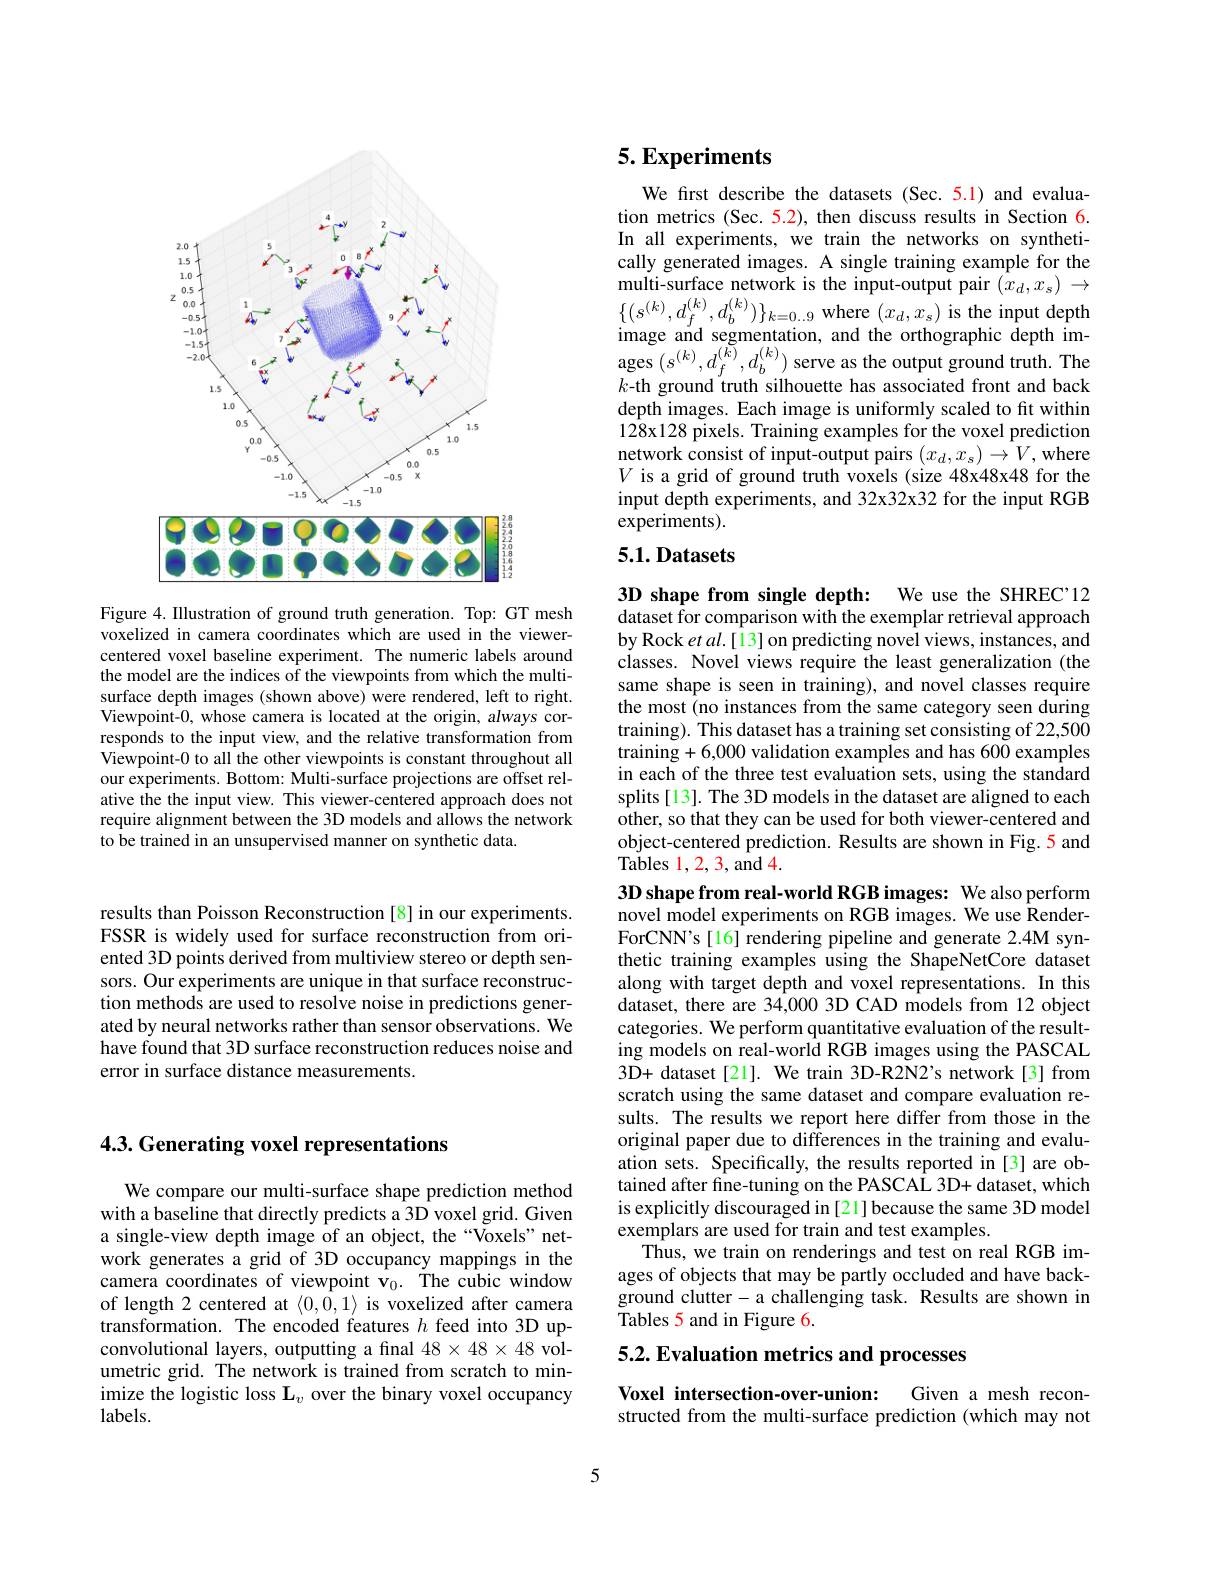
## 4.3. Generating voxel representations

We compare our multi-surface shape prediction method with a baseline that directly predicts a 3D voxel grid. Given a single-view depth image of an object, the “Voxels” network generates a grid of 3D occupancy mappings in the camera coordinates of viewpoint $\mathbf{v}_0.$ The cubic window of length 2 centered at $\langle0,\bar{0},1\rangle$ is voxelized after camera transformation. The encoded features $h$ feed into 3D upconvolutional layers, outputting a final $48\times48\times48$ volumetric grid. The network is trained from scratch to minimize the logistic loss $\mathbf{L}_v$ over the binary voxel occupancy $labels.$

<FigureHere>

Figure 4. Illustration of ground truth generation. Top: GT mesh voxelized in camera coordinates which are used in the viewercentered voxel baseline experiment. The numeric labels around the model are the indices of the viewpoints from which the multisurface depth images (shown above) were rendered, left to right. Viewpoint-0, whose camera is located at the origin, always corresponds to the input view, and the relative transformation from Viewpoint-0 to all the other viewpoints is constant throughout all our experiments. Bottom: Multi-surface projections are offset relative the the input view. This viewer-centered approach does not require alignment between the 3D models and allows the network to be trained in an unsupervised manner on synthetic data.

# 5. Experiments

We first describe the datasets (Sec.5.1) and evaluation metrics (Sec. 5.2), then discuss results in Section 6. In all experiments, we train the networks on synthetically generated images. A single training example for the multi-surface network is the input-output pair $(\bar{x}_d,x_s)\to$ $\begin{array}{l}\{(s^{(k)},d_{f}^{(k)},d_{b}^{(k)})\}_{k=0..9}\mathrm{~where~}(x_{d},x_{s})\mathrm{~is~the~input~depth}\\\text{image and segmentation, and the orthographic depth im-}\end{array}$ $\operatorname{ages}\left(s^{(k)},d_{f}^{(\tilde{k})},d_{b}^{(k)}\right)$serve as the output ground truth. The $k$-th ground truth silhouette has associated front and back depth images. Each image is uniformly scaled to fit within 128x128 pixels. Training examples for the voxel prediction network consist of input-output pairs $(x_d,x_s)\to V$,where $V$ is a grid of ground truth voxels (size 48x48x48 for the input depth experiments, and 32x32x32 for the input RGB $\hat{\exp\text{eriments}}).$

## $5.1.Datasets$

3D shape from single depth: We use the SHREC'12 dataset for comparison with the exemplar retrieval approach

by Rock et al.[13] on predicting novel views, instances, and classes. Novel views require the least generalization (the same shape is seen in training), and novel classes require the most (no instances from the same category seen during training). This dataset has a training set consisting of 22,500 training+6,000 validation examples and has 600 examples in each of the three test evaluation sets, using the standard splits[13]. The 3D models in the dataset are aligned to each other, so that they can be used for both viewer-centered and object-centered prediction. Results are shown in Fig. 5 and Tables 1, 2, 3, and 4.

3D shape from real-world RGB images: We also perform novel model experiments on RGB images. We use RenderForCNN's[16] rendering pipeline and generate 2.4M synthetic training examples using the ShapeNetCore dataset along with target depth and voxel representations. In this dataset, there are 34,000 3D CAD models from 12 object categories. We perform quantitative evaluation of the resulting models on real-world RGB images using the PASCAL $3\tilde{\mathrm{D+~dataset~[21].~We~train~3D-R2N2's~network~[3]~from}}$ scratch using the same dataset and compare evaluation results. The results we report here differ from those in the original paper due to differences in the training and evaluation sets. Specifically, the results reported in [3] are obtained after fine-tuning on the PASCAL 3D+ dataset, which is explicitly discouraged in [21]because the same 3D model exemplars are used for train and test examples.
Thus, we train on renderings and test on real RGB images of objects that may be partly occluded and have background clutter- a challenging task. Results are shown in ${\mathrm{Tables~5~and~in~Figure~6.}}$

5.2. Evaluation metrics and processes

Voxel intersection-over-union:
Given a mesh recon-
structed from the multi-surface prediction (which may not

results than Poisson Reconstruction [8] in our experiments. FSSR is widely used for surface reconstruction from oriented 3D points derived from multiview stereo or depth sensors. Our experiments are unique in that surface reconstruction methods are used to resolve noise in predictions generated by neural networks rather than sensor observations. We have found that 3D surface reconstruction reduces noise and error in surface distance measurements.

5